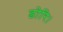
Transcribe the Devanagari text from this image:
डोरि।